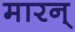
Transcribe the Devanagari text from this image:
मारन्